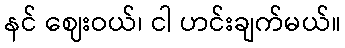
နင် ဈေးဝယ်၊ ငါ ဟင်းချက်မယ်။